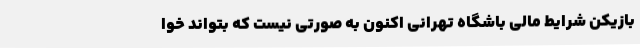
بازیکن شرایط مالی باشگاه تهرانی اکنون به صورتی نیست که بتواند خوا